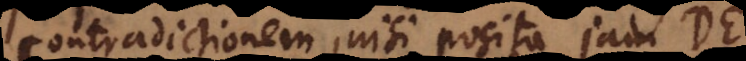
contradictionem, nisi posita jam D